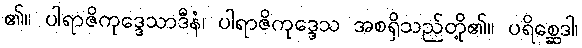
၏။ ပါရာဇိကုဒ္ဒေသာဒီနံ၊ ပါရာဇိကုဒ္ဒေသ အစရှိသည်တို့၏။ ပရိစ္ဆေဒါ၊